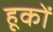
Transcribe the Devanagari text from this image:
हूकों